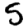
Digit: 5